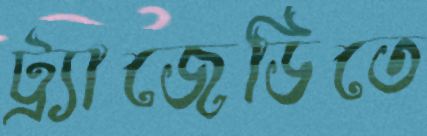
ট্র্যাজেডিতে